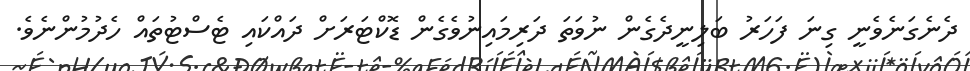
ދެނެގަނެވެނީ ގިނަ ފަހަރު ބަލިނީދެގެން ނުވަތަ ދަރިމައިނުވެގެން ޑޮކްޓަރަށް ދައްކައި ޓެސްޓުތައް ހެދުމުންނެވެ.